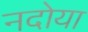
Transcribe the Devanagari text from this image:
नदोया